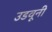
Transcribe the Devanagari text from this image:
उडवूनी